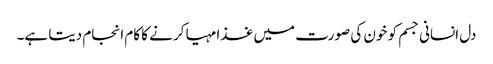
دل انسانی جسم کو خون کی صورت میں غذا مہیا کرنے کا کام انجام دیتا ہے۔